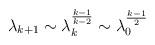
LaTeX: \begin{align*}\lambda _{k+1}\sim\lambda _k^{\frac{k-1}{k-2}} \sim\lambda_0 ^{\frac{k-1}{2}}\end{align*}